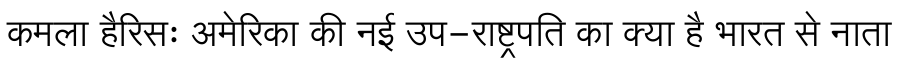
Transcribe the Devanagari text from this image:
कमला हैरिसः अमेरिका की नई उप-राष्ट्रपति का क्या है भारत से नाता